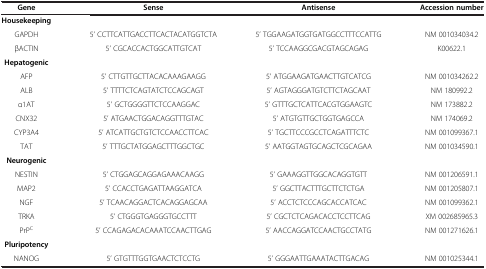
| Gene | Sense | Antisense | Accession number |
 | --- | --- | --- | --- |
 | Housekeeping |  |  |  |
 | GAPDH | 5’ CCTTCATTGACCTTCACTACATGGTCTA | 5’ TGGAAGATGGTGATGGCCTTTCCATTG | NM 001034034.2 |
 | βACTIN | 5’ CGCACCACTGGCATTGTCAT | 5’ TCCAAGGCGACGTAGCAGAG | K00622.1 |
 | Hepatogenic |  |  |  |
 | AFP | 5’ CTTGTTGCTTACACAAAGAAGG | 5’ ATGGAAGATGAACTTGTCATCG | NM 001034262.2 |
 | ALB | 5’ TTTTCTCAGTATCTCCAGCAGT | 5’ AGTAGGGATGTCTTCTAGCAAT | NM 180992.2 |
 | α1AT | 5’ GCTGGGGTTCTCCAAGGAC | 5’ GTTTGCTCATTCACGTGGAAGTC | NM 173882.2 |
 | CNX32 | 5’ ATGAACTGGACAGGTTTGTAC | 5’ ATGTGTTGCTGGTGAGCCA | NM 174069.2 |
 | CYP3A4 | 5’ ATCATTGCTGTCTCCAACCTTCAC | 5’ TGCTTCCCGCCTCAGATTTCTC | NM 001099367.1 |
 | TAT | 5’ TTTGCTATGGAGCTTTGGCTGC | 5’ AATGGTAGTGCAGCTCGCAGAA | NM 001034590.1 |
 | Neurogenic |  |  |  |
 | NESTIN | 5’ CTGGAGCAGGAGAAACAAGG | 5’ GAAAGGTTGGCACAGGTGTT | NM 001206591.1 |
 | MAP2 | 5’ CCACCTGAGATTAAGGATCA | 5’ GGCTTACTTTGCTTCTCTGA | NM 001205807.1 |
 | NGF | 5’ TCAACAGGACTCACAGGAGCAA | 5’ ACCTCTCCCAGCACCATCAC | NM 001099362.1 |
 | TRKA | 5’ CTGGGTGAGGGTGCCTTT | 5’ CGCTCTCAGACACCTCCTTCAG | XM 002685965.3 |
 | PrPC | 5’ CCAGAGACACAAATCCAACTTGAG | 5’ AACCAGGATCCAACTGCCTATG | NM 001271626.1 |
 | Pluripotency |  |  |  |
 | NANOG | 5’ GTGTTTGGTGAACTCTCCTG | 5’ GGGAATTGAAATACTTGACAG | NM 001025344.1 |